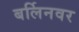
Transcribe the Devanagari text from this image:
बर्लिनवर